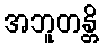
အဘူတန္တိ